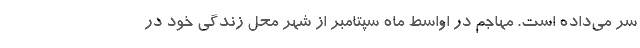
سر می‌داده است. مهاجم در اواسط ماه سپتامبر از شهر محل زندگی خود در